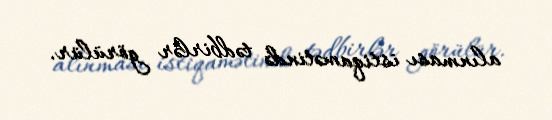
alınması istiqamətində tədbirlər görülür.